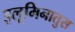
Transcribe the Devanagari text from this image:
इलूमिनातुस